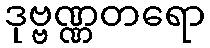
ဒုဗ္ဗဏ္ဏတရော